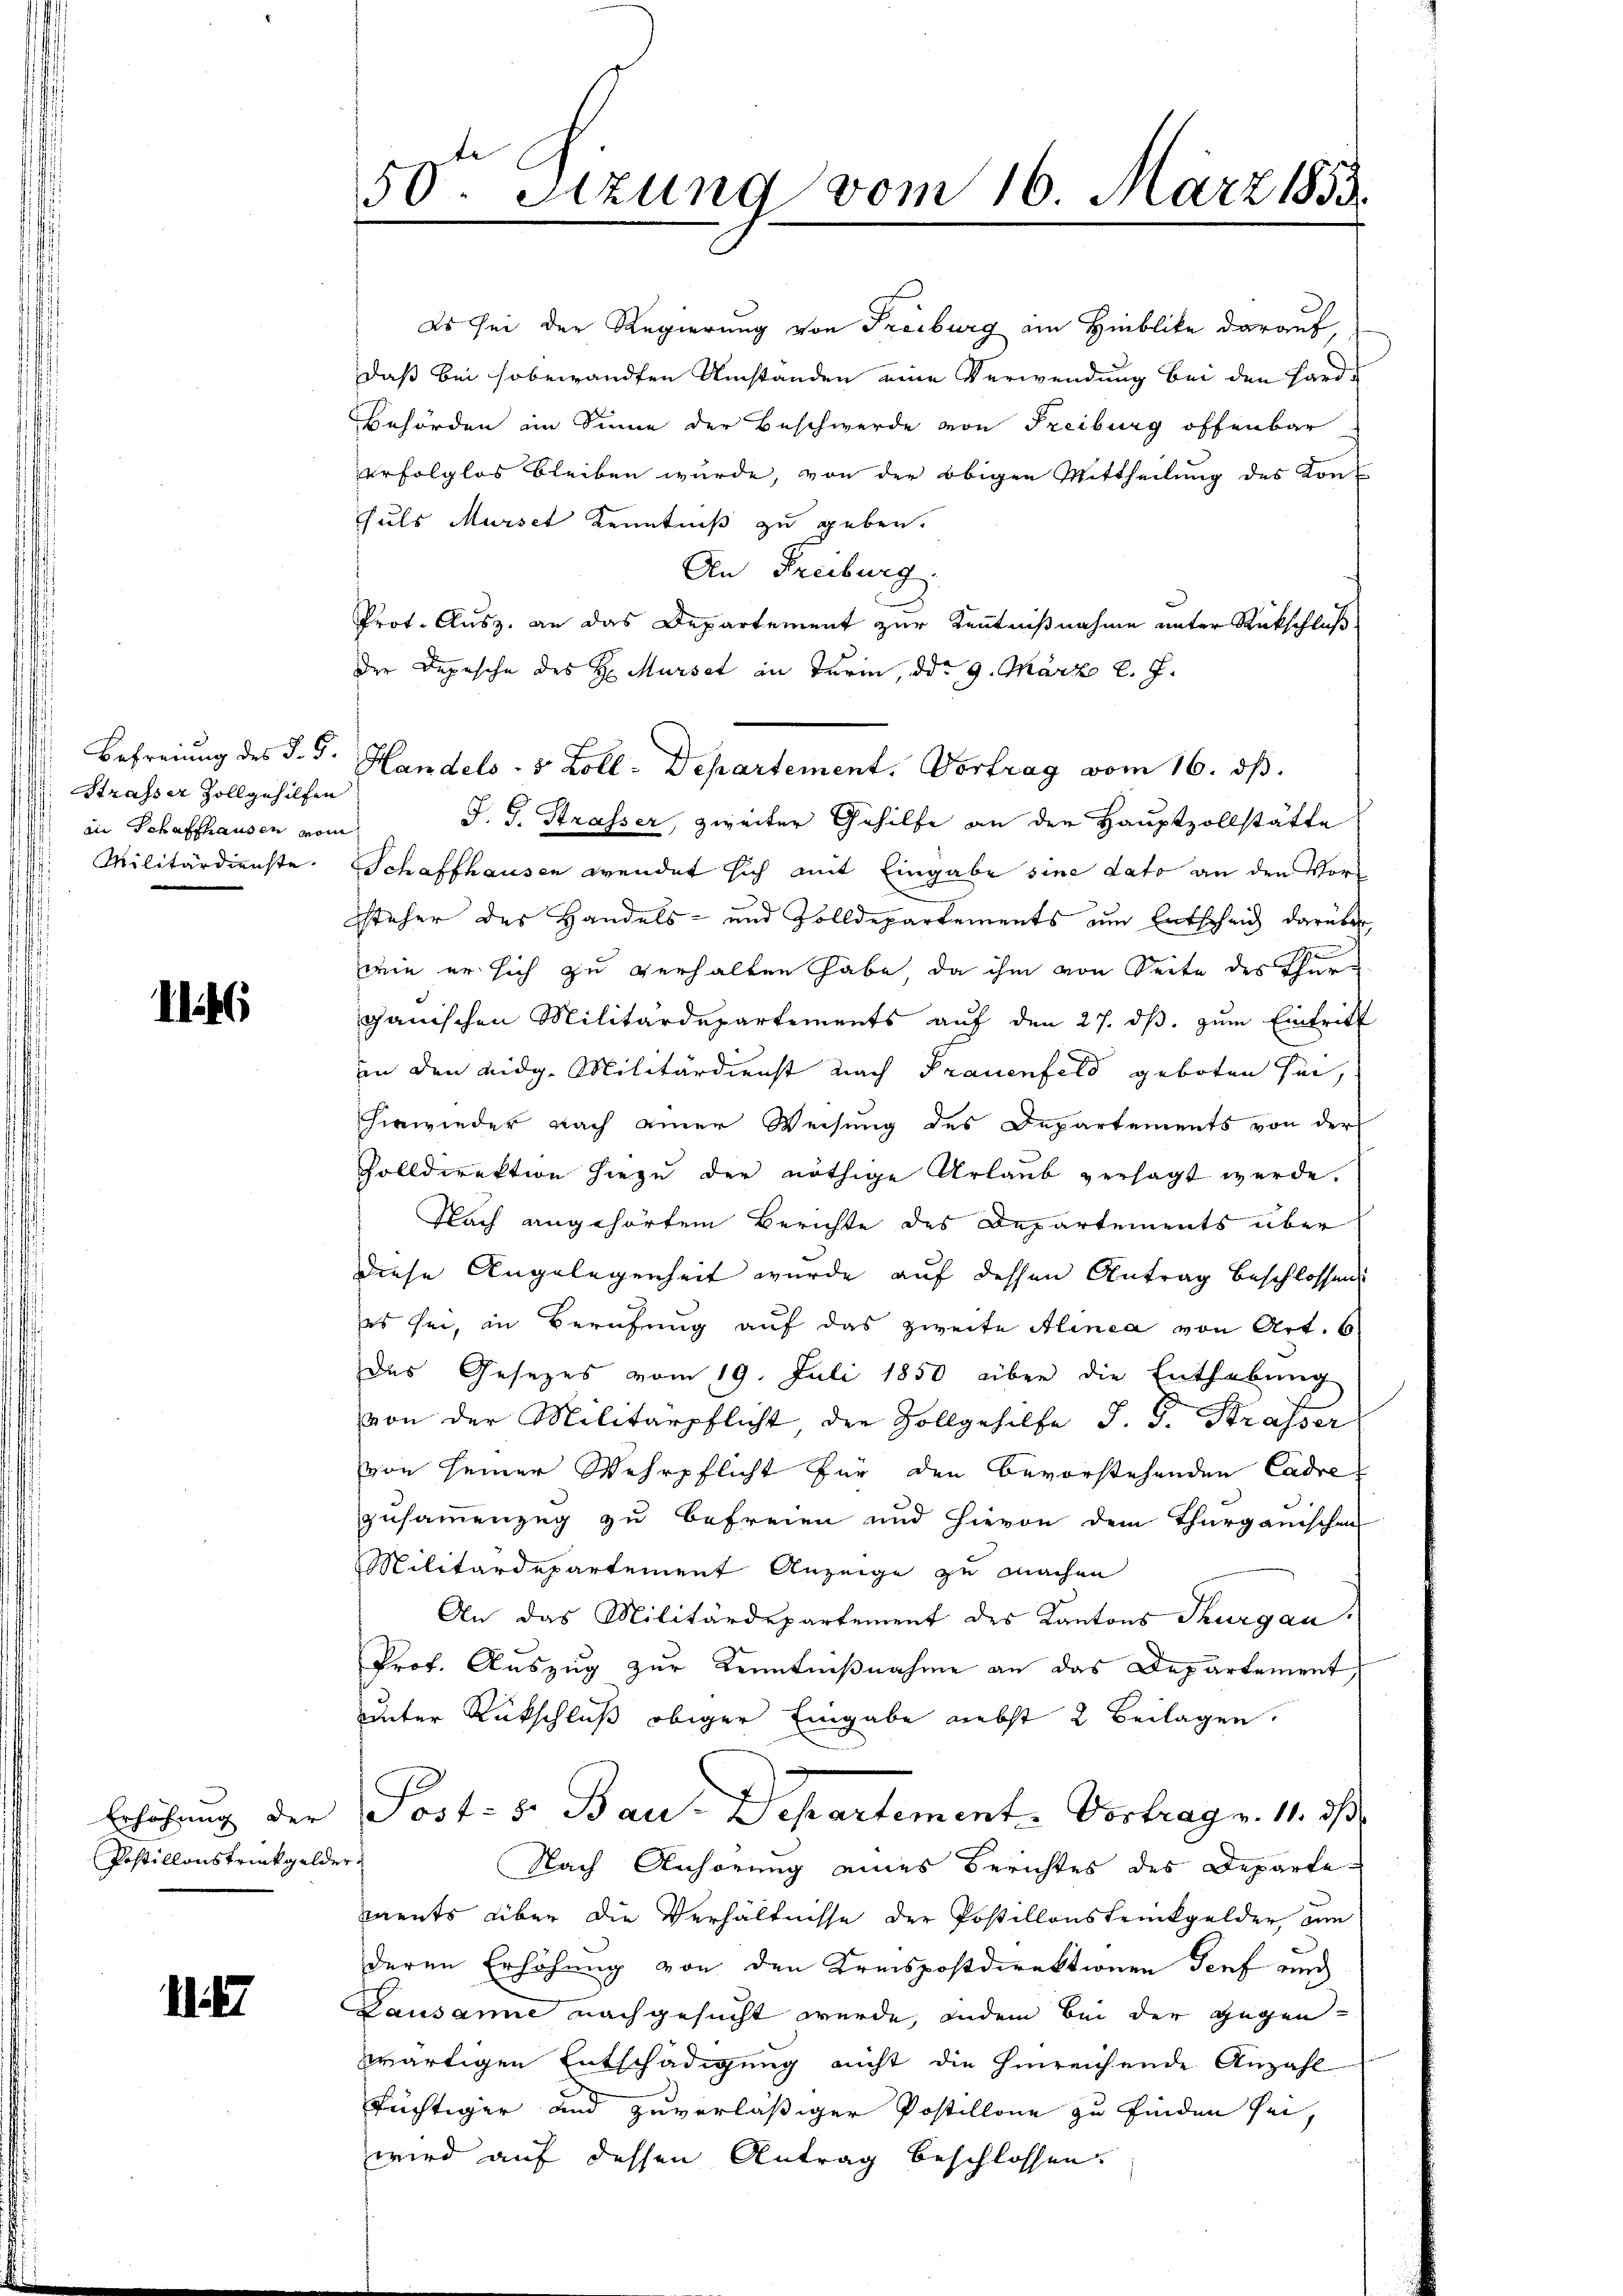
Strasser Zollgehilfen
in Schaffhausen vom

k

Postillonstrückgelder.

A

50 Sizung vom 16. März 1833.

Befreiung des J. G. Handels- 5 Zoll-Departement. Vortrag vom 16. ds.

Es sei der Regierung von Freiburg ein Hinblicke darauf,
daß bei sobewandten Umständen eine Verwendung bei den Hard¬
Behörden am Sinne der Beschwerde von Freiburg offenbar
erfolglos bleiben würde, von der obigen Mittheilung des Kon¬
Fuls Mursct Kenntniß zu geben.
An Freiburg.
Prot. Ausz. an das Departement zur Kenntnißnahme unter Rückschluß
der Depesche des H. Mürset in Turin, ddo 9. März l. J.
J. G. Strasser, zweiter Gehilfe an der Hauptzollstätte
Militärdienste. Schaffhausen wendet sich mit Eingabe sine dato an den Vorsteher des Handels- und Zolldepartements am Entscheid darüber
wie er sich zu verhalten habe, da ihm von Seite des Ehe
ganischen Militärdepartements auf den 27. dβ. zum Eintritt
in den eidg. Militärdienst nach Frauenfeld geboten sei,
hinwieder nach einer Weisung des Departements von der
Zolldirektion hiezu der nöthige Urlaub versagt werde.
Nach angehörtem Berichte des Departements über
diese Angelegenheit wurde auf dessen Antrag beschlossens
es sei, in Berufung auf das zweite Alinea von Art. 6
das Gesezes vom 19. Juli 1850 aber die Enthebung
von der Militärpflicht, der Zollgehilfe J. J. Strasser
von seiner Wehrpflicht für den Bevorstehenden Cadre
zusammenzug zu befreien und hievon dem Thurgauischen
Militärdepartement Anzeige zu machen
An das Militärdepartement des Kantons Thurgau,
Prof. Auszug zur Kenntnißnahme an das Departement
unter Rückschluß obiger Eingabe nebst 2 Beilagen.
Erhöhung der Post- s. Bau-Departement. Vortrag v. 11. ds
Nach Anhörung eines Berichtes des Departe
ments über die Verhältnisse der Postillonskrückgelder, um
deren Erhöhung von den Kreispostdirektionen Genf auch
Lausanne nachgesucht wurde, indem bei der gegen-
wärtigen Entschädigung nicht die hinreichende Anzahl
tüchtiger und zuverlässiger Postillone zu finden sei,
wird auf dessen Antrag beschlossen.